Annual report of the Camel Specialist
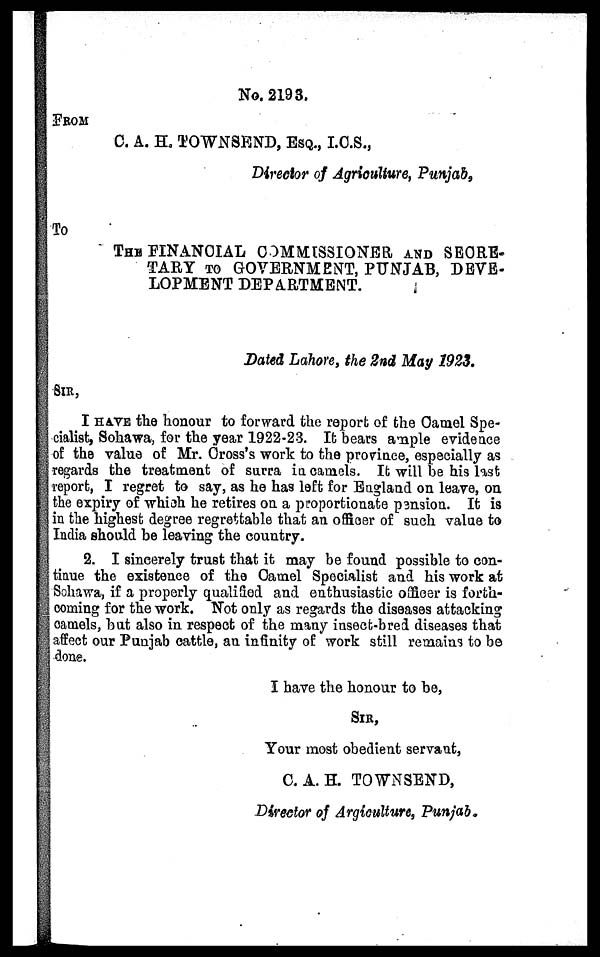
No. 2193.
FROM
C. A. H. TOWNSEND, ESQ., I.C.S.,
Director of Agriculture, Punjab,
To
THE FINANCIAL COMMISSIONER AND SECRE-
TARY TO GOVERNMENT, PUNJAB, DEVE-
LOPMENT DEPARTMENT.
Dated Lahore, the 2nd May 1923.
I HAVE the honour to forward the report of the Camel Spe-
cialist, Sohawa, for the year 1922-23. It bears ample evidence
of the value of Mr. Cross's work to the province, especially as
regards the treatment of surra in camels. It will be his last
report, I regret to say, as he has left for England on leave, on
the expiry of which he retires on a proportionate pension. It is
in the highest degree regrettable that an officer of such value to
India should be leaving the country.
2. I sincerely trust that it may be found possible to con-
tinue the existence of the Camel Specialist and his work at
Sohawa, if a properly qualified and enthusiastic officer is forth-
coming for the work. Not only as regards the diseases attacking
camels, but also in respect of the many insect-bred diseases that
affect our Punjab cattle, an infinity of work still remains to be
done.
I have the honour to be,
SIR,
Your most obedient servant,
C. A. H. TOWNSEND,
Director of Argiculture, Punjab.